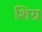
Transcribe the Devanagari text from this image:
शिग्र